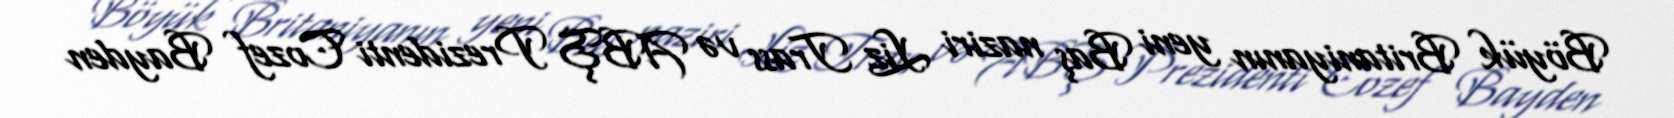
Böyük Britaniyanın yeni Baş naziri Liz Trass və ABŞ Prezidenti Cozef Bayden